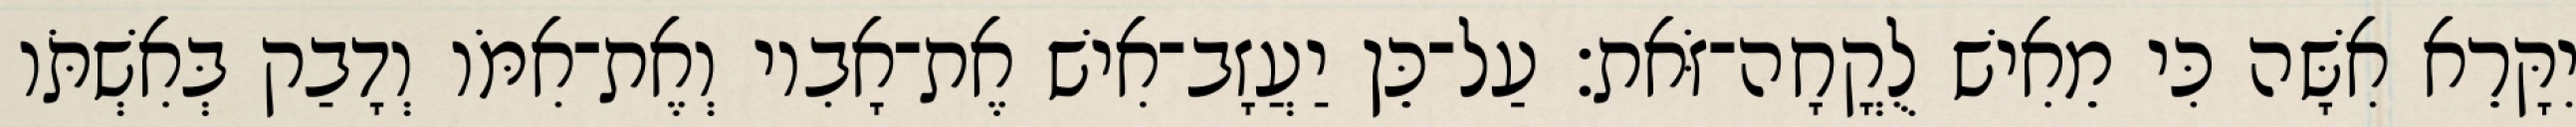
יִקָּרֵא אִשָּׁה כִּי מֵאִישׁ לֻקֳחָה־זֹּאת׃ עַל־כֵּן יַעֲזָב־אִישׁ אֶת־אָבִיו וְאֶת־אִמֹּו וְדָבַק בְּאִשְׁתֹּו